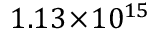
1 . 1 3 \! \times \! 1 0 ^ { 1 5 }